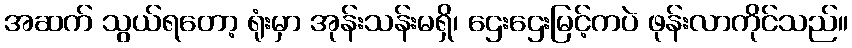
အဆက် သွယ်ရတော့ ရုံးမှာ အုန်းသန်းမရှိ၊ ဌေးဌေးမြင့်ကပဲ ဖုန်းလာကိုင်သည်။